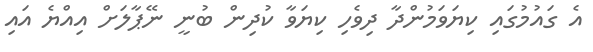
އެ ގައުމުގައި ކިޔަވަމުންދާ ދިވެހި ކިޔަވާ ކުދިން ބުނީ ނޭޕާލަށް އިއްޔެ އައި